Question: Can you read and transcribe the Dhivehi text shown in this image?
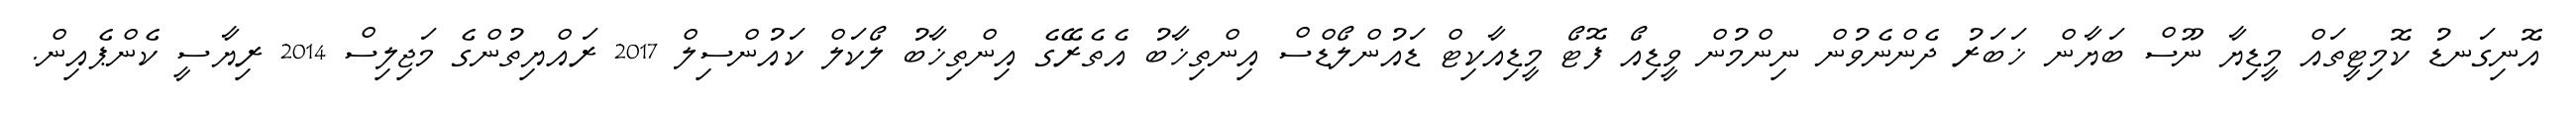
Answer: އޮނިގަނޑު ކޮމިޓީތައް މީޑިޔާ ނޫސް ބަޔާން ޚަބަރު ދެންނެވުން ނިންމުން ވީޑިއޯ ފޮޓޯ މީޑިއާކިޓް ޑައުންލޯޑްސް އިންތިޚާބު އެތެރޭގެ އިންތިޚާބު ލޯކަލް ކައުންސިލް 2017 ރައްޔިތުންގެ މަޖިލިސް 2014 ރިޔާސީ ކެންޕެއިން.